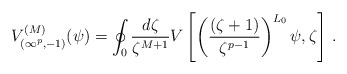
\begin{align*}V_{(\infty^p,-1)}^{(M)}(\psi) = \oint_0\frac{d\zeta}{\zeta^{M+1}} V\left[\left(\frac{(\zeta+1)}{\zeta^{p-1}}\right)^{L_0} \psi,\zeta \right] \,.\end{align*}